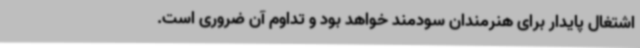
اشتغال پایدار برای هنرمندان سودمند خواهد بود و تداوم آن ضروری است.